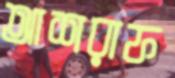
আশরাফ